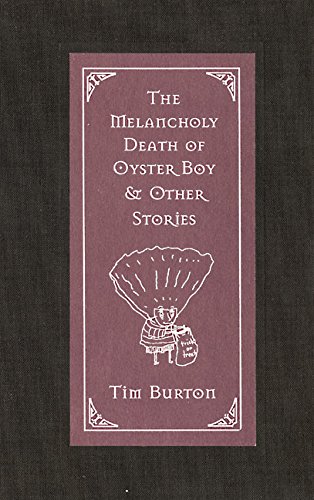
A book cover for The Melancholy Death of Oyster Boy & Other Stories; Tim Burton; Mystery, Thriller & Suspense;